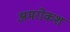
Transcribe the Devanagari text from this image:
अमरोकश